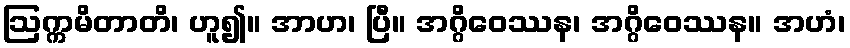
ဩက္ကမိတာတိ၊ ဟူ၍။ အာဟ၊ ပြီ။ အဂ္ဂိဝေဿန၊ အဂ္ဂိဝေဿန။ အဟံ၊